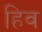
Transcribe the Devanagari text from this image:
हिव